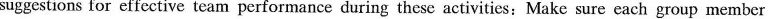
suggestions for effective team performance during these activities:Make sure each group member